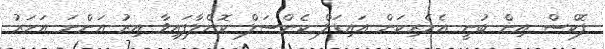
ފޮކްސް އިން ބުނީ އެމެރިކަން އައިޑަލް ކެންސަލް ކޮށްލާފައިވާ އިރު އަންނަ އަހަރު